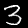
Label: 3